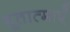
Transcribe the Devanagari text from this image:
भूतात्माएँ